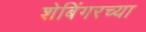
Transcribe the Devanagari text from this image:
शेबिंगरच्या